Papers set at the Examination for Leaving Certificates, 1891
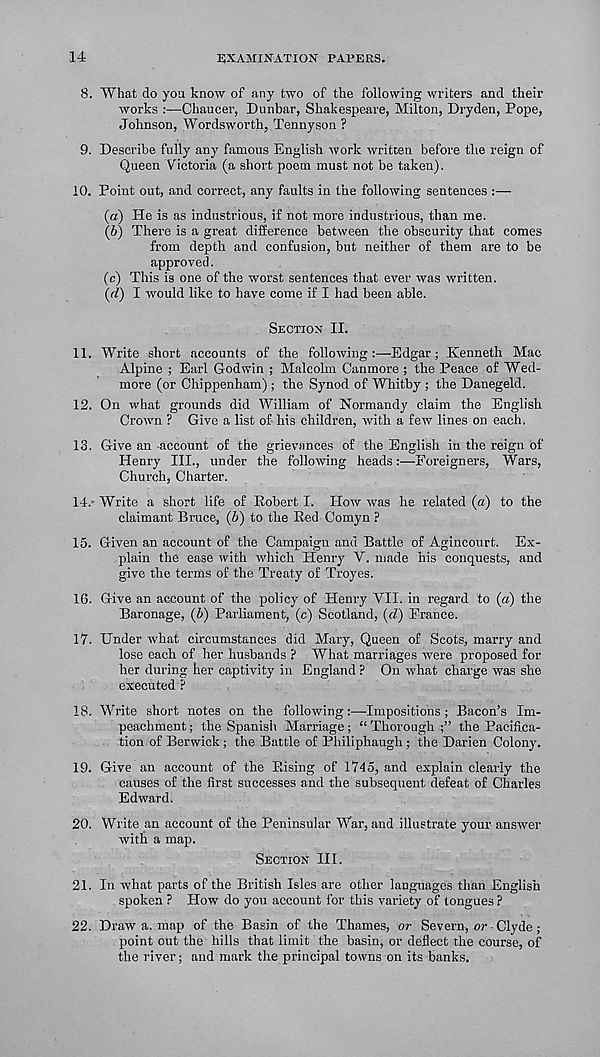
14
EXAMINATION PAPERS.
8. What do you know of any two of the following writers and their
works :—Chaucer, Dunbar, Shakespeare, Milton, Dryden, Pope,
Johnson, Wordsworth, Tennyson ?
9. Describe fully any famous English work written before the reign of
Queen Victoria (a short poem must not be taken).
10. Point out, and correct, any faults in the following sentences :—
(а) He is as industrious, if not more industrious, than me.
(б) There is a great difference between the obscurity that comes
from depth and confusion, but neither of them are to be
approved.
(c) This is one of the worst sentences that ever was written.
(d) I would like to have come if I had been able.
SECTION II.
11. Write short accounts of the following:—Edgar; Kenneth Mac
Alpine ; Earl Godwin ; Malcolm Canmore ; the Peace of Wed-
more (or Chippenham) ; the Synod of Whitby ; the Danegeld.
12. On what grounds did William of Normandy claim the English
Crown ? Give a list of his children, with a few lines on each.
13. Give an account of the grievances of the English in the reign of
Henry III., under the following heads:—Foreigners, Wars,
Church, Charter.
14.
" Write a short life of Robert I. How was he
claimant Bruce, (6) to the Red Comyn ?
15. Given an account of the Campaign and Battle of Agincourt. Ex-
plain the ease with which Henry V. made his conquests, and
give the terms of the Treaty of Troyes.
16. Give an account of the policy of Henry VII. in regard to (a) the
Baronage, (6) Parliament, (c) Scotland, (d) Prance.
17. Under what circumstances did Mary, Queen of Scots, marry and
lose each of her husbands ? What marriages were proposed for
her during her captivity in England ? On what charge was she
executed ?
18. Write short notes on the following :—Impositions ; Bacon’s Im-
peachment ; the Spanish Marriage; “ Thorough
the Pacifica-
tion of Berwick; the Battle of Philiphaugh ; the Darien Colony.
19. Give an account of the Rising of 1745, and explain clearly the
causes of the first successes and the subsequent defeat of Charles
Edward.
20. Write an account of the Peninsular War, and illustrate your answer
with a map.
SECTION III.
21. In what parts of the British Isles are other languages than English
spoken ? How do you account for this variety of tongues ?
22. Draw a. map of the Basin of the Thames, or Severn, or Clyde;
point out the hills that limit the basin, or deflect the course, of
the river; and mark the principal towns on its banks.